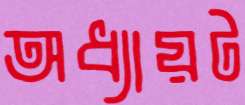
অধ্যায়ট